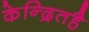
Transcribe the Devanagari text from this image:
केन्द्रितहै